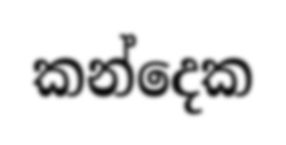
කන්දෙක